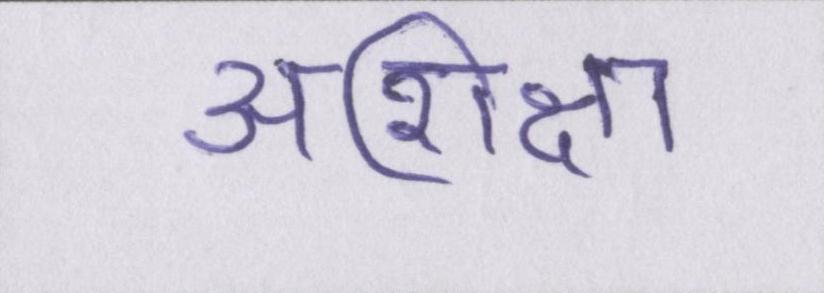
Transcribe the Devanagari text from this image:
अशिक्षा